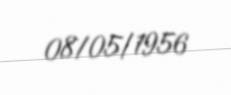
08/05/1956